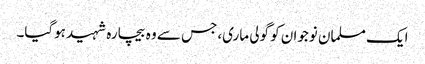
ایک مسلمان نوجوان کو گولی ماری، جس سے وہ بیچارہ شہید ہوگیا۔